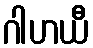
ဂါဟယီ